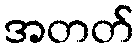
အတတ်